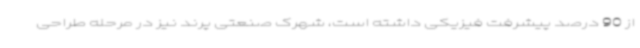
از 90 درصد پیشرفت فیزیکی داشته است، شهرک صنعتی پرند نیز در مرحله طراحی